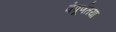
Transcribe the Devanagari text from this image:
वेपूर्णतया